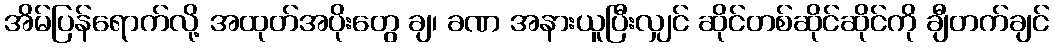
အိမ်ပြန်ရောက်လို့ အထုတ်အပိုးတွေ ချ၊ ခဏ အနားယူပြီးလျှင် ဆိုင်တစ်ဆိုင်ဆိုင်ကို ချီတက်ချင်